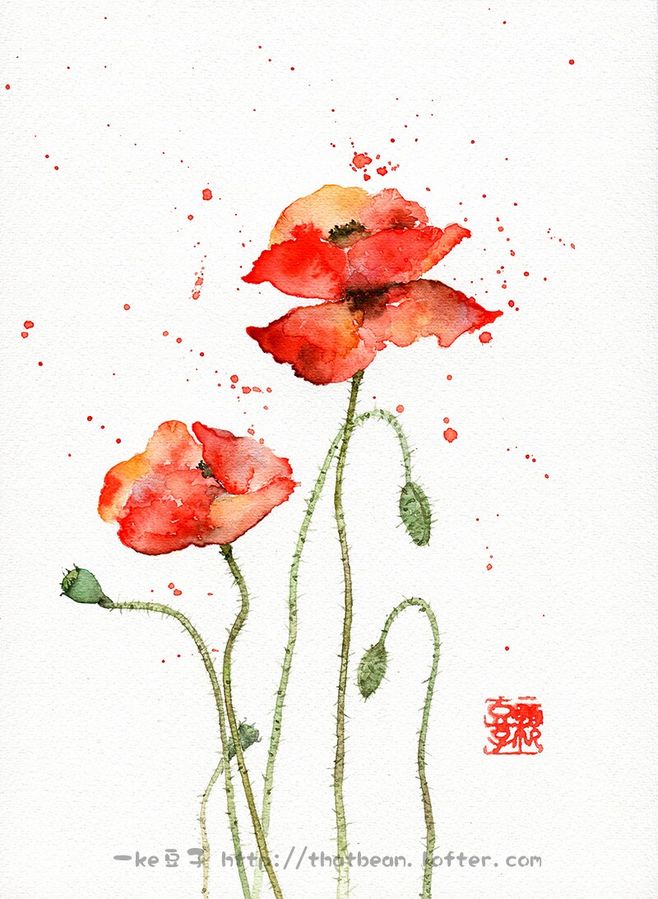
当年得意如芳草。日日春风好。